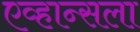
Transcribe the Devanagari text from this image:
एव्हान्सला